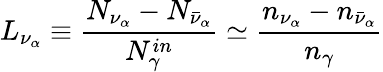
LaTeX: L_{\nu_{\alpha}}\equiv\frac{N_{\nu_{\alpha}}-N_{\bar{\nu}_{\alpha}}}{N_{\gamma}^{in}}\simeq\frac{n_{\nu_{\alpha}}-n_{\bar{\nu}_{\alpha}}}{n_{\gamma}}